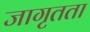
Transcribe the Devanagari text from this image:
जागृतता